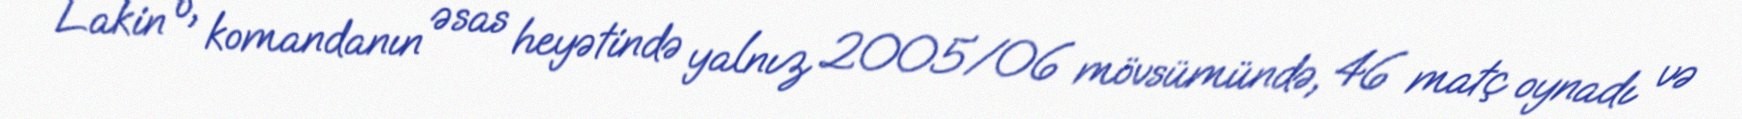
Lakin o, komandanın əsas heyətində yalnız 2005/06 mövsümündə, 46 matç oynadı və